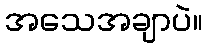
အသေအချာပဲ။